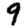
Digit: 9